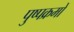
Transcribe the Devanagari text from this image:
पुष्पक्रमों